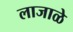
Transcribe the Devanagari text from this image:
लाजाळे